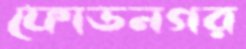
ফোডনগর